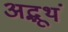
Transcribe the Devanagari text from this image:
अद्भूथं